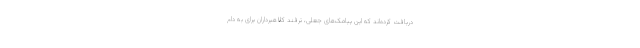
دریافت کرده‌اند که این پیامک‌های جعلی، ترفند کلاهبرداران برای به دام